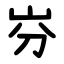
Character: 㞣